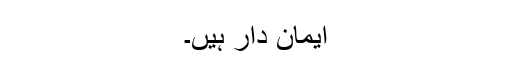
ایمان دار ہیں۔